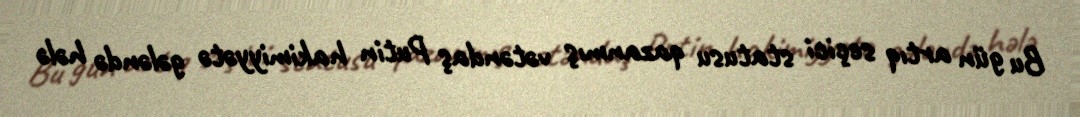
Bu gün artıq seçici statusu qazanmış vətəndaş Putin hakimiyyətə gələndə hələ